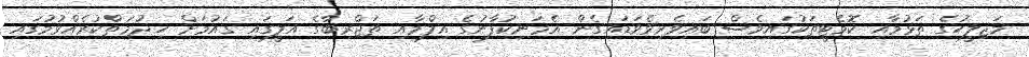
މަޖިލީހުގެ ތަޅުމާއި ކޮމެޓީތަކުގައިވެސް ބައިވެރިވެވަޑައިގެން އެމަނިކުފާނުގެ އިލްމާއި ތަޖްރިބާގެ އަލީގައި ގައުމަށް ޚިދުމަތްކުރެއްވުމުގައި